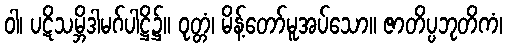
ဝါ၊ ပဋိသမ္ဘိဒါမဂ်ပါဋ္ဌိ၌။ ဝုတ္တံ၊ မိန့်တော်မူအပ်သော။ ဇာတိပ္ပဘုတိကံ၊